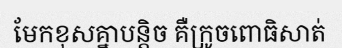
មែកខុសគ្នាបន្តិច គឺក្រូចពោធិសាត់